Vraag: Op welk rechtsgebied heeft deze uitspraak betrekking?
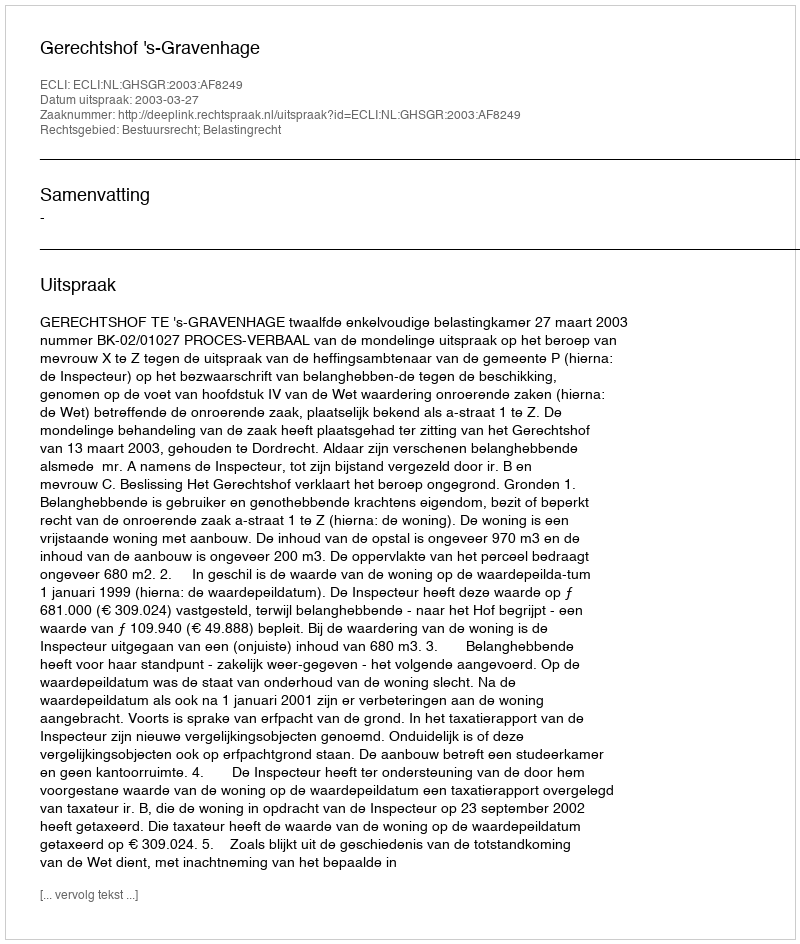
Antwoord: Bestuursrecht; Belastingrecht